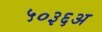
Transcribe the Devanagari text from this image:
५०३६अ